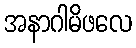
အနာဂါမိဖလေ